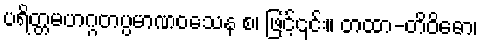
ပရိတ္တမဟဂ္ဂတပ္ပမာဏဝသေန စ၊ ဖြင့်၎င်း။ တထာ-တိဝိဓော၊